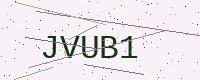
Text: JVUB1